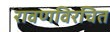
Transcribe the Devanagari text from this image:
रावणविरचित